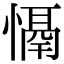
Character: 𢡤